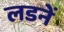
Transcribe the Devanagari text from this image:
लडनें